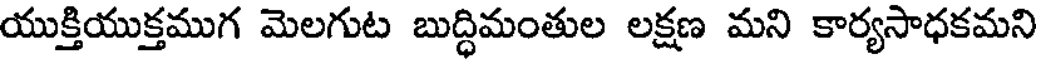
యుక్తియుక్తముగ మెలగుట బుద్ధిమంతుల లక్షణ మని కార్యసాధకమని